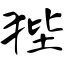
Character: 狴